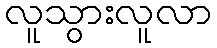
လူသွားလူလာ